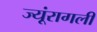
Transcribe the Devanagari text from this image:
ज्यूंरागली